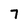
Character: 7